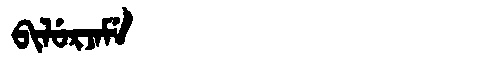
Manchu: ᠪᡳᠯᡠᡵᠵᠠᠮᡝ
Romanization: BILURJAME